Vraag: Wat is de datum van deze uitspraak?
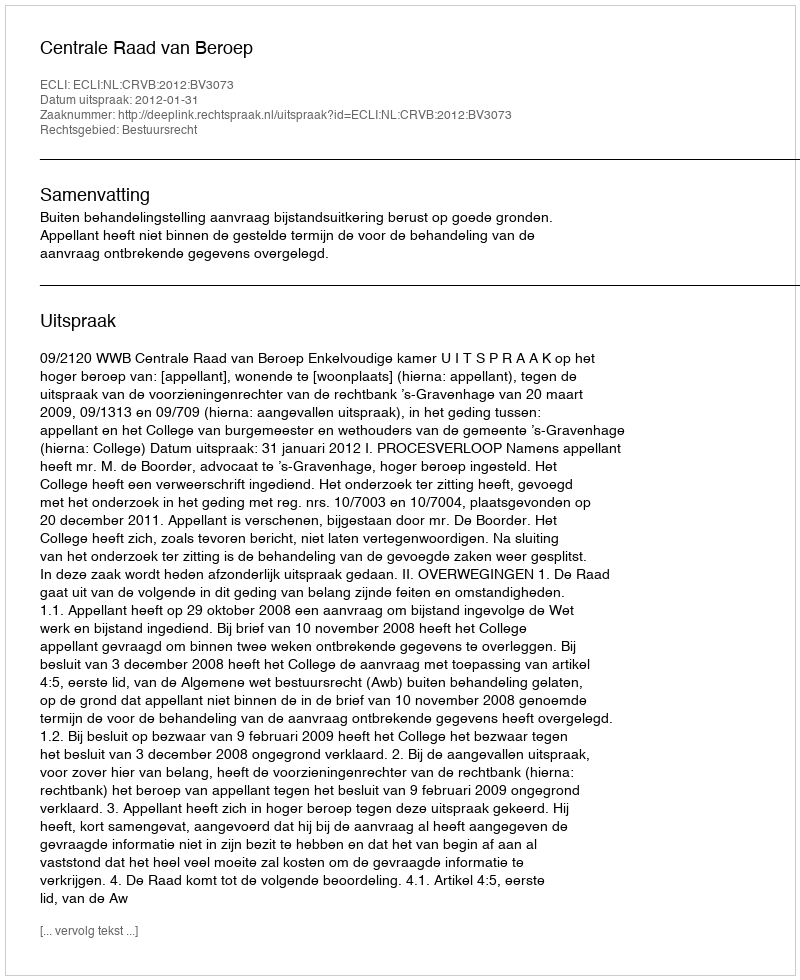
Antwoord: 2012-01-31